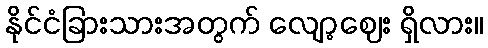
နိုင်ငံခြားသားအတွက် လျော့ဈေး ရှိလား။